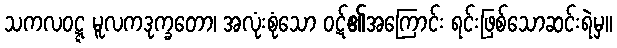
သကလဝဋ္ဋ မူလကဒုက္ခတော၊ အလုံးစုံသော ဝဋ်၏အကြောင်း ရင်းဖြစ်သောဆင်းရဲမှ။